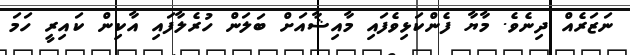
ނަޒަރެއް ދިނެވެ. މާޔާ ފެންކަޅިވެފައި މާއިޝާއަށް ބަލަން ހުރެލާފައި އާކިން ކައިރީ ހަމަ